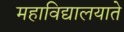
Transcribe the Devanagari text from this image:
महाविद्यालयाते